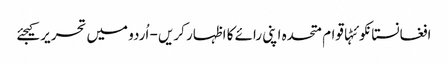
افغانستانکوئٹہاقوام متحدہ اپنی رائے کا اظہار کریں - اُردو میں تحریر کیجئے